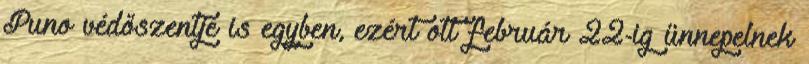
Puno védőszentje is egyben, ezért ott február 22-ig ünnepelnek